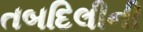
તબદિલીની